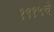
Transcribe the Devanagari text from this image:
१९१५चे